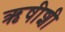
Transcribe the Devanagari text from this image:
ऋषीशी